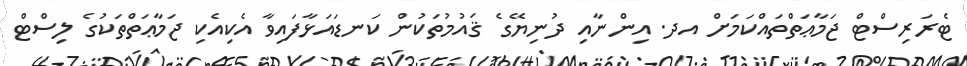
ޓެރަރިސްޓް ޖަމާޢަތްތައްކަމަށް އދ. އިންނާއި ދުނިޔޭގެ ޤައުމުތަކުން ކަނޑައަޅާފައިވާ އެކިއެކި ޖަމާޢަތްތަކުގެ ލިސްޓް